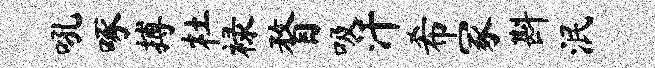
吼啄搏杜禄瞀吸汗希冢斟泯